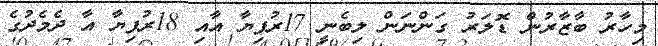
މިހާރު ބާޒާރުން ޑޮލަރު ގަންނަން ލިބެނީ 17ރުފިޔާ އާއި 18ރުފިޔާ އާ ދެމެދުގެ